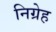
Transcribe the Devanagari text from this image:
निग्रेह